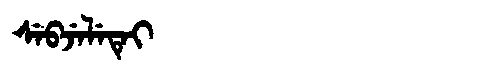
Manchu: ᠰᡝᠪᠵᡝᠯᡝᡨᡝᡳ
Romanization: SEBJELETEI